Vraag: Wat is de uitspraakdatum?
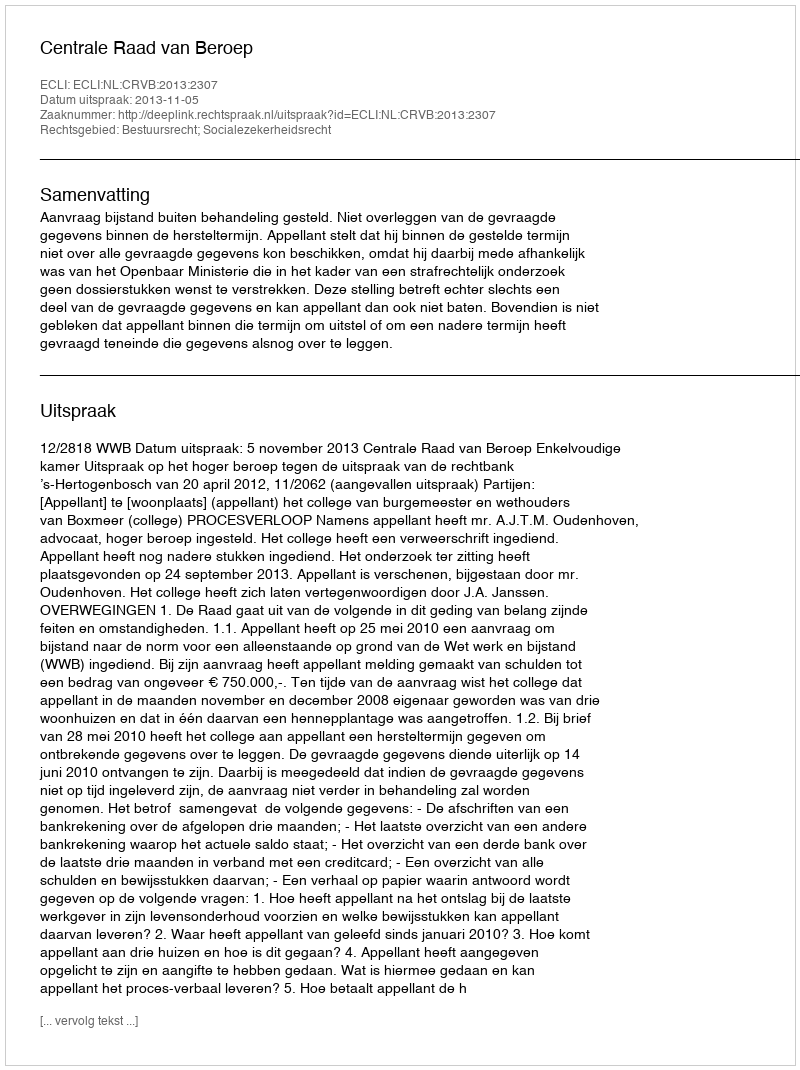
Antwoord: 2013-11-05